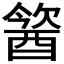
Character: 𨡢